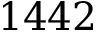
1 4 4 2